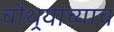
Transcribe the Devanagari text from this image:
चौथर्‍याच्याच